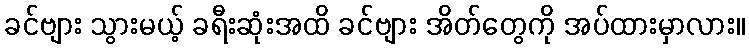
ခင်ဗျား သွားမယ့် ခရီးဆုံးအထိ ခင်ဗျား အိတ်တွေကို အပ်ထားမှာလား။